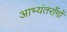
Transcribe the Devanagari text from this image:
आभ्यंतराँगों